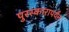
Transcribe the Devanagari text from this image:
पुरस्कारापर्यंत